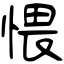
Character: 愄